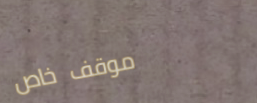
موقف خاص